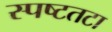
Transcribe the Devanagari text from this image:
स्पष्टतटा